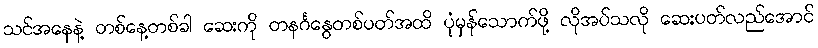
သင်အနေနဲ့ တစ်နေ့တစ်ခါ ဆေးကို တနင်္ဂနွေတစ်ပတ်အထိ ပုံမှန်သောက်ဖို့ လိုအပ်သလို ဆေးပတ်လည်အောင်